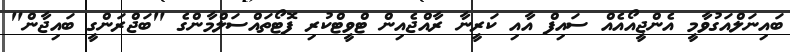
ބައިނަލްއަގުވާމީ އެންޖީއޯއެއް ސައިފް އާއި ކަރީނާ ރާއްޖެއިން ޓްވީޓްކުރި ފޮޓޯތައްސަލްމާންގެ "ބަޖްރަންގީ ބައިޖާން"